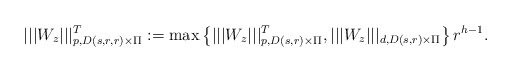
\begin{align*}|||{W_z}|||_{p,D(s,r,r)\times\Pi}^T:=\max\left\{|||{W_z}|||_{p,D(s,r)\times\Pi}^T,|||{W_z}|||_{d,D(s,r)\times\Pi}\right\}r^{h-1}.\end{align*}